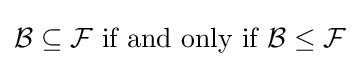
{\mathcal {B}}\subseteq {\mathcal {F}}{\text{ if and only if }}{\mathcal {B}}\leq {\mathcal {F}}